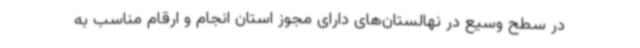
در سطح وسیع در نهالستان‌های دارای مجوز استان انجام و ارقام مناسب به